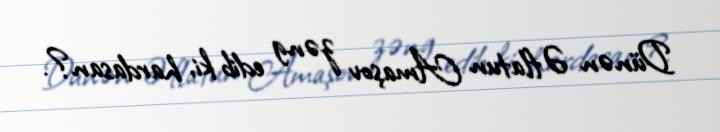
Dünən Əflatun Amaşov zəng edib ki, hardasan?.